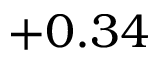
+ 0 . 3 4